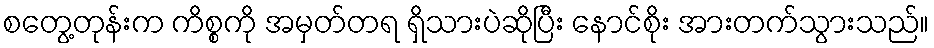
စတွေ့တုန်းက ကိစ္စကို အမှတ်တရ ရှိသားပဲဆိုပြီး နောင်စိုး အားတက်သွားသည်။